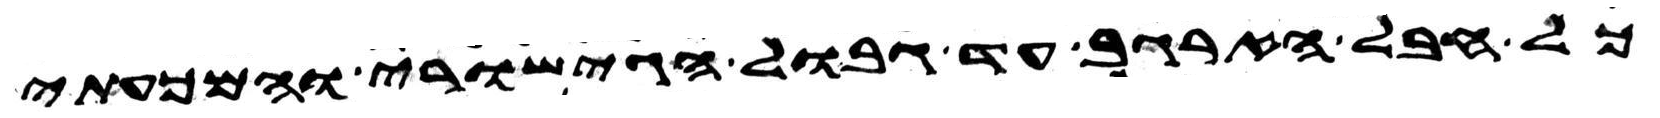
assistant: כל חבל הארגב עד גבול הגישורי והמכעתי